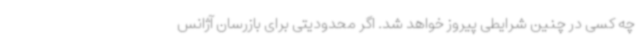
چه کسی در چنین شرایطی پیروز خواهد شد. اگر محدودیتی برای بازرسان آژانس